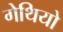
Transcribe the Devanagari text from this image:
गेथियो